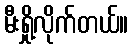
မီးရှို့လိုက်တယ်။